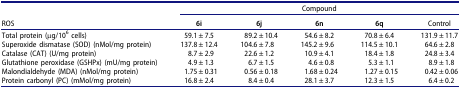
|  | <COLSPAN=5> Compound |
 | ROS | 6i | 6j | 6n | 6q | Control |
 | --- | --- | --- | --- | --- | --- |
 | Total protein (μg/106 cells) | 59.1 ± 7.5 | 89.2 ± 10.4 | 54.6 ± 8.2 | 70.8 ± 6.4 | 131.9 ± 11.7 |
 | Superoxide dismatase (SOD) (nMol/mg protein) | 137.8 ± 12.4 | 104.6 ± 7.8 | 145.2 ± 9.6 | 114.5 ± 10.1 | 64.6 ± 2.8 |
 | Catalase (CAT) (U/mg protein) | 8.7 ± 2.9 | 22.6 ± 1.2 | 10.9 ± 4.1 | 18.4 ± 1.8 | 24.8 ± 3.4 |
 | Glutathione peroxidase (GSHPx) (mU/mg protein) | 4.9 ± 1.3 | 6.7 ± 1.5 | 4.6 ± 0.8 | 5.3 ± 1.1 | 8.9 ± 1.8 |
 | Malondialdehyde (MDA) (nMol/mg protein) | 1.75 ± 0.31 | 0.56 ± 0.18 | 1.68 ± 0.24 | 1.27 ± 0.15 | 0.42 ± 0.06 |
 | Protein carbonyl (PC) (mMol/mg protein) | 16.8 ± 2.4 | 8.4 ± 0.4 | 28.1 ± 3.7 | 12.3 ± 1.5 | 6.4 ± 0.2 |